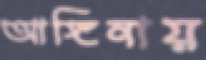
আঙ্গিনায়